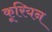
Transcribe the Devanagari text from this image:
कूरियन